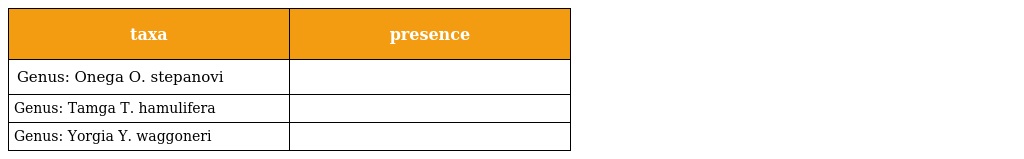
| taxa | presence |
 | --- | --- |
 | Genus: Onega O. stepanovi |  |
 | Genus: Tamga T. hamulifera |  |
 | Genus: Yorgia Y. waggoneri |  |